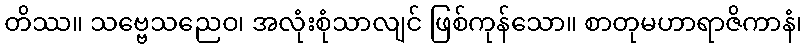
တိဿ။ သဗ္ဗေသညေဝ၊ အလုံးစုံသာလျင် ဖြစ်ကုန်သော။ စာတုမဟာရာဇိကာနံ၊